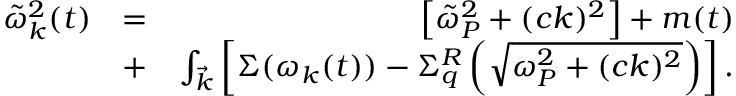
\begin{array} { r l r } { \tilde { \omega } _ { k } ^ { 2 } ( t ) } & { = } & { \left[ \tilde { \omega } _ { P } ^ { 2 } + ( c k ) ^ { 2 } \right] + m ( t ) } \\ & { + } & { { \int _ { \vec { k } } } \left[ \Sigma ( \omega _ { k } ( t ) ) - \Sigma _ { q } ^ { R } \left( \sqrt { \omega _ { P } ^ { 2 } + ( c k ) ^ { 2 } } \right) \right] . } \end{array}